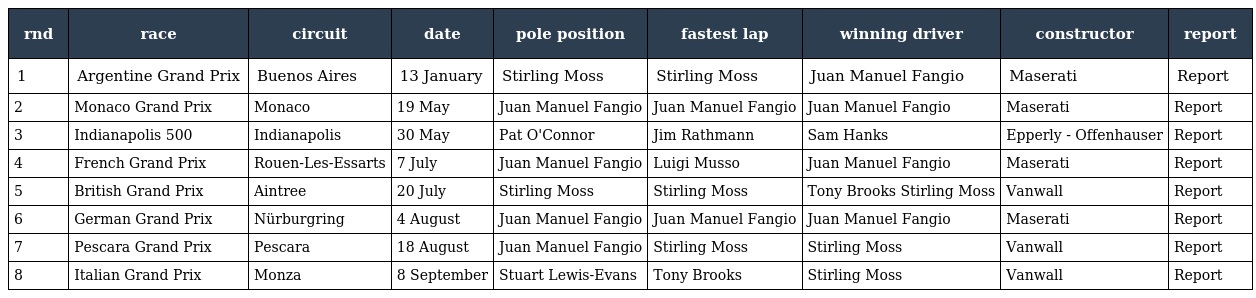
| rnd | race | circuit | date | pole position | fastest lap | winning driver | constructor | report |
 | --- | --- | --- | --- | --- | --- | --- | --- | --- |
 | 1 | Argentine Grand Prix | Buenos Aires | 13 January | Stirling Moss | Stirling Moss | Juan Manuel Fangio | Maserati | Report |
 | 2 | Monaco Grand Prix | Monaco | 19 May | Juan Manuel Fangio | Juan Manuel Fangio | Juan Manuel Fangio | Maserati | Report |
 | 3 | Indianapolis 500 | Indianapolis | 30 May | Pat O'Connor | Jim Rathmann | Sam Hanks | Epperly - Offenhauser | Report |
 | 4 | French Grand Prix | Rouen-Les-Essarts | 7 July | Juan Manuel Fangio | Luigi Musso | Juan Manuel Fangio | Maserati | Report |
 | 5 | British Grand Prix | Aintree | 20 July | Stirling Moss | Stirling Moss | Tony Brooks Stirling Moss | Vanwall | Report |
 | 6 | German Grand Prix | Nürburgring | 4 August | Juan Manuel Fangio | Juan Manuel Fangio | Juan Manuel Fangio | Maserati | Report |
 | 7 | Pescara Grand Prix | Pescara | 18 August | Juan Manuel Fangio | Stirling Moss | Stirling Moss | Vanwall | Report |
 | 8 | Italian Grand Prix | Monza | 8 September | Stuart Lewis-Evans | Tony Brooks | Stirling Moss | Vanwall | Report |